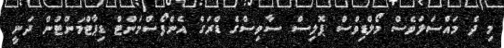
މި ދެ މައްސަލަވެސް މޯލްޑިވްސް ޕޮލިސް ސާވިސްގެ ޑްރަގް އެންފޯސްމަންޓް ޑިޕާޓްމަންޓުން ދަނީ